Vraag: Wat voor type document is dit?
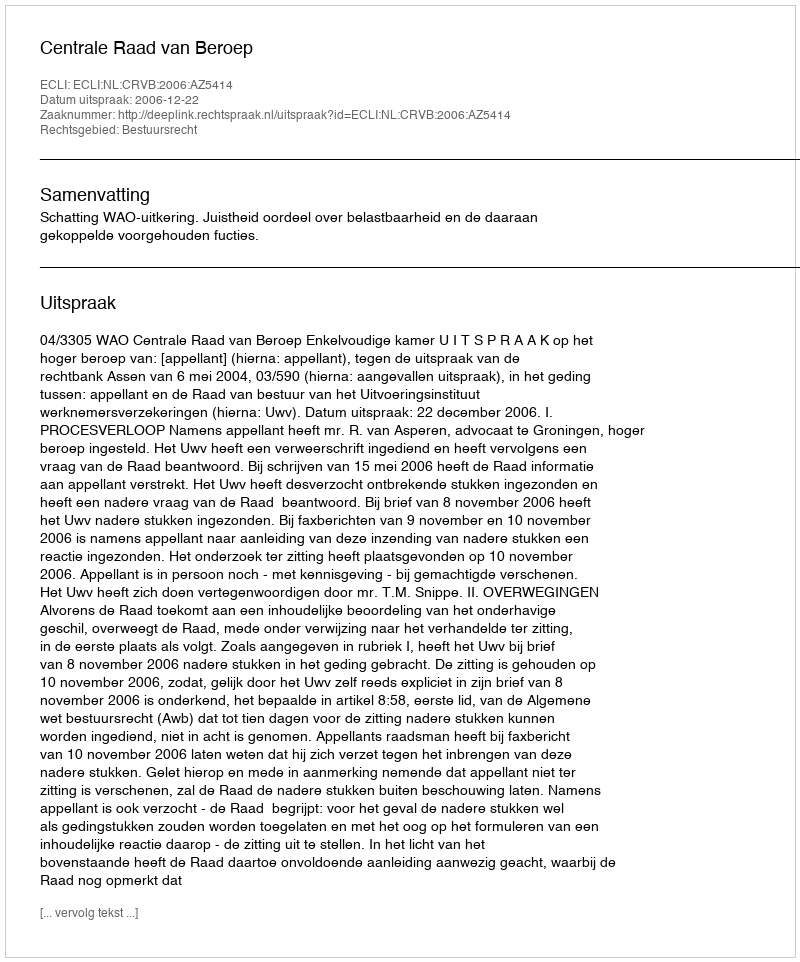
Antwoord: Uitspraak